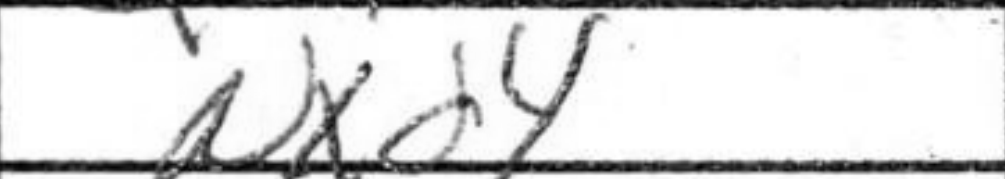
Transcription: Nxd4